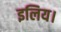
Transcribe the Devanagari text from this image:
इलिय।